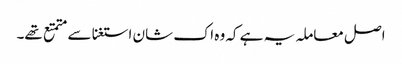
اصل معاملہ یہ ہے کہ وہ اک شان استغنا سے متمتع تھے۔